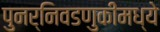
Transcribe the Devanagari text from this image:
पुनर्निवडणुकींमध्ये